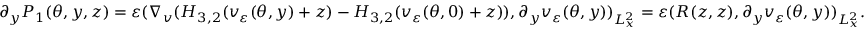
\begin{array} { r } { \partial _ { y } P _ { 1 } ( \theta , y , z ) = \varepsilon ( \nabla _ { v } ( H _ { 3 , 2 } ( v _ { \varepsilon } ( \theta , y ) + z ) - H _ { 3 , 2 } ( v _ { \varepsilon } ( \theta , 0 ) + z ) ) , \partial _ { y } v _ { \varepsilon } ( \theta , y ) ) _ { L _ { x } ^ { 2 } } = \varepsilon ( R ( z , z ) , \partial _ { y } v _ { \varepsilon } ( \theta , y ) ) _ { L _ { x } ^ { 2 } } . } \end{array}